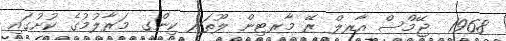
1968  ޖޭމްސް އާރލް ރޭ މާރޓިން ލޫތަރ ކިންގ މަރާލުމުގެ ކުށުގައި